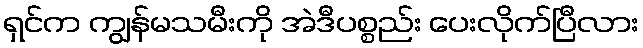
ရှင်က ကျွန်မသမီးကို အဲဒီပစ္စည်း ပေးလိုက်ပြီလား